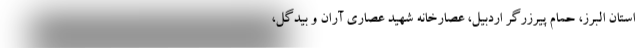
استان البرز، حمام پیرزرگر اردبیل، عصارخانه شهید عصاری آران و بیدگل،